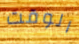
الوقت